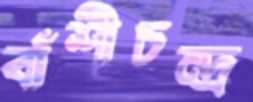
বাঁশীচন্দ্র